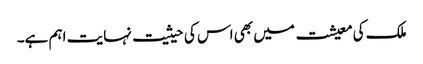
ملک کی معیشت میں بھی اس کی حیثیت نہایت اہم ہے۔